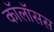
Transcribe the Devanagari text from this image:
कॉलॉसस